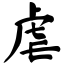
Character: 虐